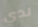
لدي